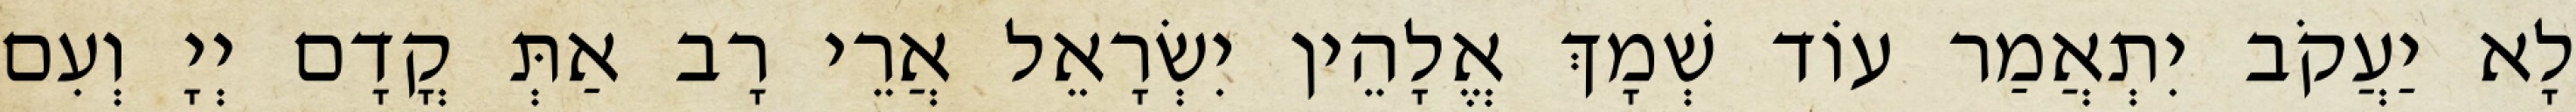
לָא יַעֲקֹב יִתְאֲמַר עוֹד שְׁמָךְ אֱלָהֵין יִשְׂרָאֵל אֲרֵי רָב אַתְּ קֳדָם יְיָ וְעִם